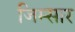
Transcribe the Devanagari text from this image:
जिम्सार